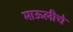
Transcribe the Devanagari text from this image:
माऊलीचे